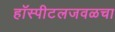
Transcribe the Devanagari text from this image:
हॉस्पीटलजवळचा